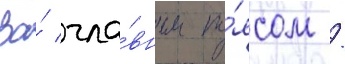
За́ гла́вным по́ясом /